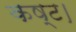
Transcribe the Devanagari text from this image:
कष्ट।